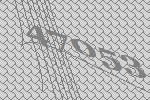
47053